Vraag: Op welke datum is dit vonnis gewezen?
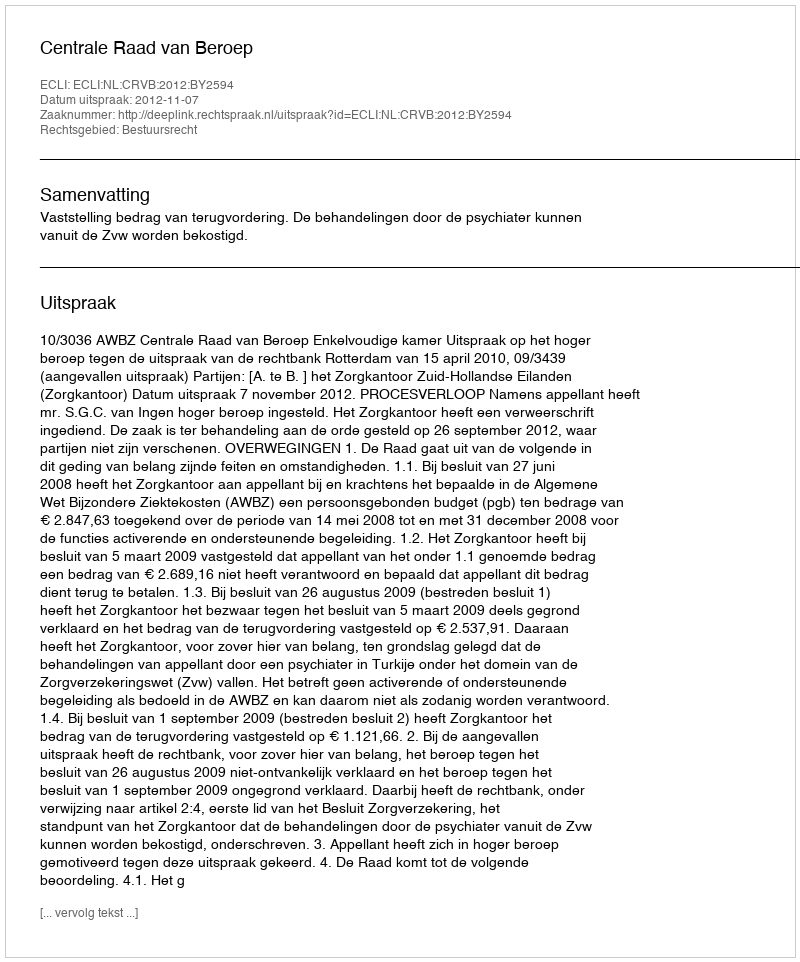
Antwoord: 2012-11-07